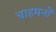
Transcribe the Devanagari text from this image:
चाहमनों